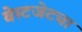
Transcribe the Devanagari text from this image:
वेस्टजेटचा